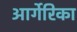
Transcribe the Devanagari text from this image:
आर्गेरिका